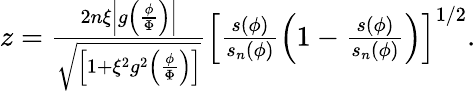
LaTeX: \begin{array}{r}{z=\frac{2n\xi\left|g\left(\frac{\phi}{\Phi}\right)\right|}{\sqrt{\left[1+\xi^{2}g^{2}\left(\frac{\phi}{\Phi}\right)\right]}}\left[\frac{s(\phi)}{s_{n}(\phi)}\left(1-\frac{s(\phi)}{s_{n}(\phi)}\right)\right]^{1/2}.}\end{array}